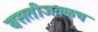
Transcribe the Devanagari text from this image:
वसतीजवळच